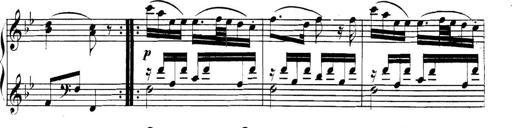
Title: Collected Piano Sonatas
Composer: Muzio Clementi